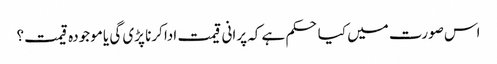
اس صورت میں کیا حکم ہے کہ پرانی قیمت ادا کرنا پڑی گی یا موجودہ قیمت؟